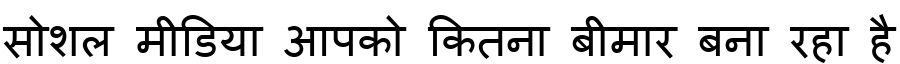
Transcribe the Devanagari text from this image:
सोशल मीडिया आपको कितना बीमार बना रहा है